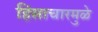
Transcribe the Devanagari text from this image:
हिंसाचारमुळे